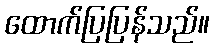
ထောက်ပြပြန်သည်။